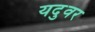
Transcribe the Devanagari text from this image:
यदुवर